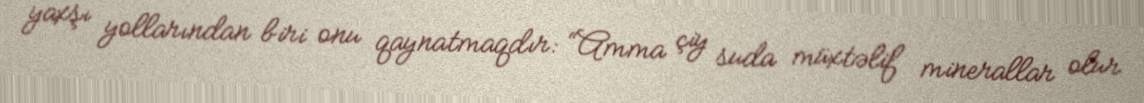
yaxşı yollarından biri onu qaynatmaqdır: “Amma çiy suda müxtəlif minerallar olur